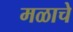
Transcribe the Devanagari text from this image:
मळाचे